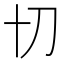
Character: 𭃄